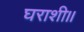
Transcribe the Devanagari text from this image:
घराशी॥